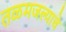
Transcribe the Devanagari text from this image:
तळमजल्याचे